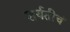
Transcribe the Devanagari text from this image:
शर्यतीचं